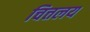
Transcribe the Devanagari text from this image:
चित्तलय